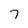
Character: 7